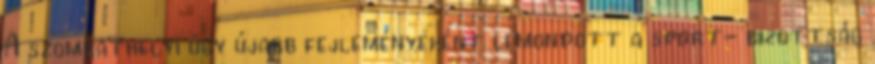
A szombathelyi ügy újabb fejleményeként lemondott a sport- bizottság